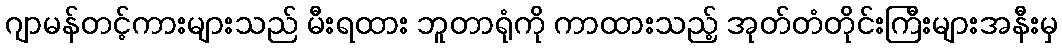
ဂျာမန်တင့်ကားများသည် မီးရထား ဘူတာရုံကို ကာထားသည့် အုတ်တံတိုင်းကြီးများအနီးမှ